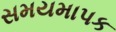
સમયમાપક